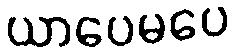
ယာပေမပေ